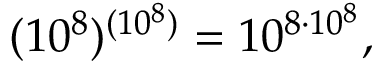
( 1 0 ^ { 8 } ) ^ { ( 1 0 ^ { 8 } ) } = 1 0 ^ { 8 \cdot 1 0 ^ { 8 } } ,